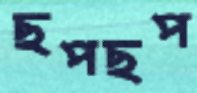
ছপছপ